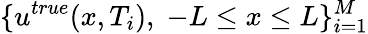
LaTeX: \{ u^{true}(x,T_{i}),\; -L\leq x\leq L\} _{i=1}^{M}